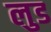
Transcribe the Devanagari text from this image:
लुड